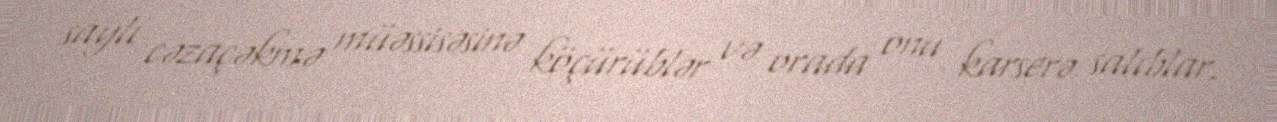
saylı cəzaçəkmə müəssisəsinə köçürüblər və orada onu karserə salıblar.